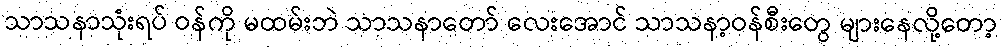
သာသနာသုံးရပ် ဝန်ကို မထမ်းဘဲ သာသနာတော် လေးအောင် သာသနာ့ဝန်စီးတွေ များနေလို့တော့